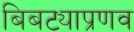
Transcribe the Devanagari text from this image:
बिबट्याप्रणव